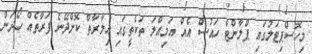
މިހޮސްޕިޓަލުގައި ޕްލާންޓް ހައުސް އެއް އަމިއްލަ ތަކެތީގައި އިމާރާތް ކޮށްދޭނެ ފަރާތެއް ހޯދަން